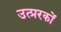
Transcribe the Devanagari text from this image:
उत्प्ररकों